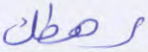
رهطك